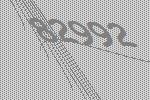
82992